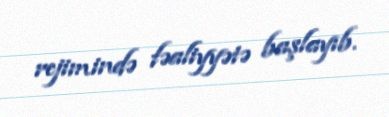
rejimində fəaliyyətə başlayıb.